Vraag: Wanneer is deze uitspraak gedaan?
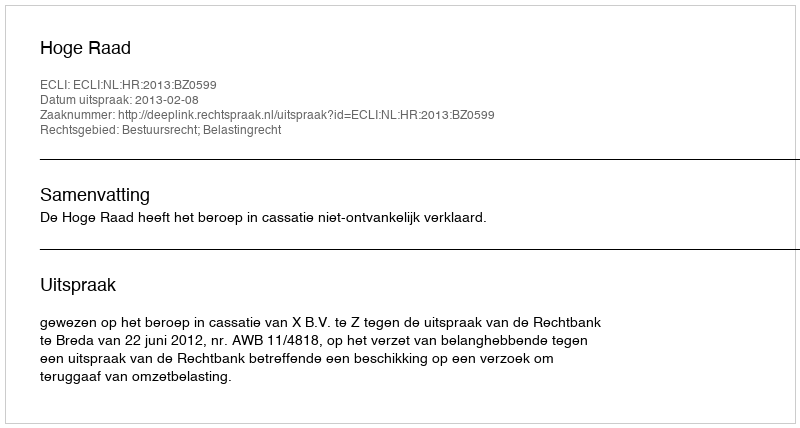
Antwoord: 2013-02-08